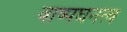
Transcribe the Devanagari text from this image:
वाष्पघनत्व